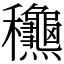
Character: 𥤚